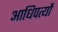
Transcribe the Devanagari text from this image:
आधिपत्यों